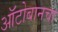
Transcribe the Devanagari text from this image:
ऑटोबानचा